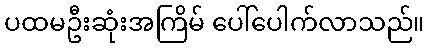
ပထမဦးဆုံးအကြိမ် ပေါ်ပေါက်လာသည်။